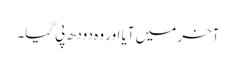
آخر میں آیا اور وہ دودھ پی گیا۔